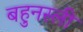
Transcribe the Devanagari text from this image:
बहुनस्ली